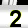
Digit: 2